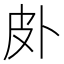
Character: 𱱿